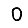
Digit: 0